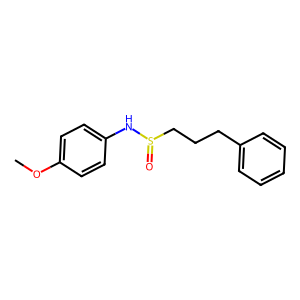
SMILES: COc1ccc(NS(=O)CCCc2ccccc2)cc1
Inhibits HIV replication: No